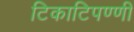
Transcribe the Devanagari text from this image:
टिकाटिपण्णी